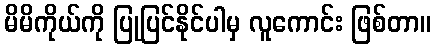
မိမိကိုယ်ကို ပြုပြင်နိုင်ပါမှ လူကောင်း ဖြစ်တာ။